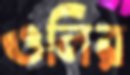
ওলির